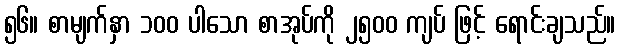
၅၆။ စာမျက်နှာ ၁၀၀ ပါသော စာအုပ်ကို ၂၅၀၀ ကျပ် ဖြင့် ရောင်းချသည်။